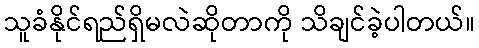
သူခံနိုင်ရည်ရှိမလဲဆိုတာကို သိချင်ခဲ့ပါတယ်။